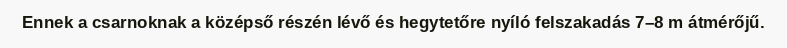
Ennek a csarnoknak a középső részén lévő és hegytetőre nyíló felszakadás 7–8 m átmérőjű.